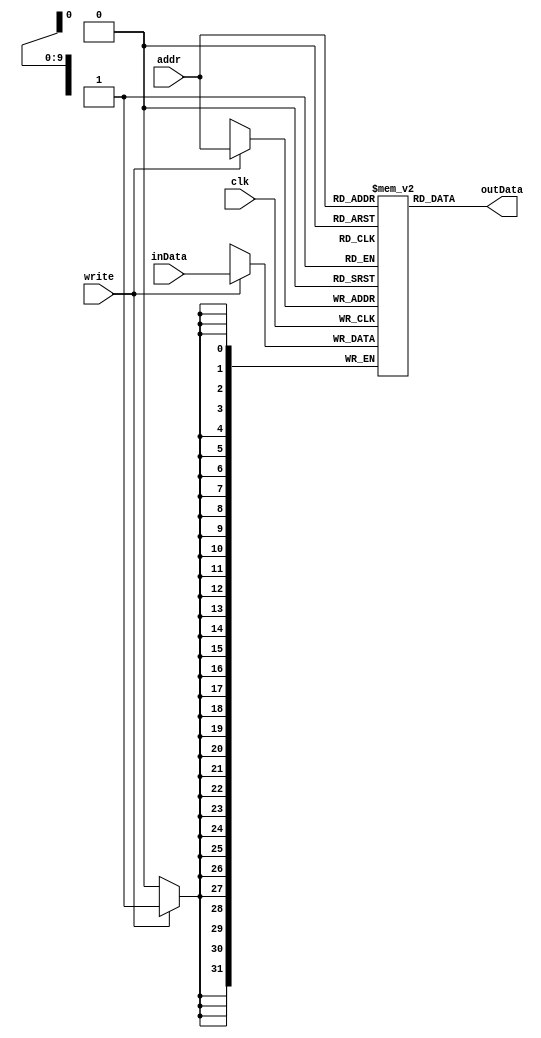
module ram #(parameter WIDTH = 32, ADDR_WIDTH = 10) (
    input clk,
    input write,
    input [ADDR_WIDTH-1 : 0] addr,
    input [WIDTH-1      : 0] inData,
    output [WIDTH-1     : 0] outData
    );

    reg [WIDTH-1 : 0] RAM[0:(1<<ADDR_WIDTH)-1];

    assign outData = RAM[addr];

    always @ (posedge clk) begin
        if (write)
            RAM[addr] <= inData;
    end

endmodule // ram

//
// module ram_tb ();
//
//     reg clk, reset, memWrite;
//     reg [9:0] addr;
//     reg [31:0] inData;
//     wire [31:0] outData;
//
//     always #5
//         clk = ~clk;
//
//     ram RAM(clk, reset, memWrite, addr, inData, outData);
//
//     initial begin
//         $monitor("time: %d, addr: %h, outData: %h, write: %b", $time, addr, outData, memWrite);
//         clk = 0;
//         reset = 1;
//         memWrite = 1;
//         addr = 10'h12;
//         inData = 32'hdeadbeef;
//         # 50 reset = 0;
//         # 10 memWrite = 0;
//         inData = 32'h0000beef;
//         # 10 memWrite = 1;
//         # 10 memWrite = 0;
//         reset = 1;
//         # 10 reset = 0;
//         # 100 $finish;
//     end
//
// endmodule // ram_tb